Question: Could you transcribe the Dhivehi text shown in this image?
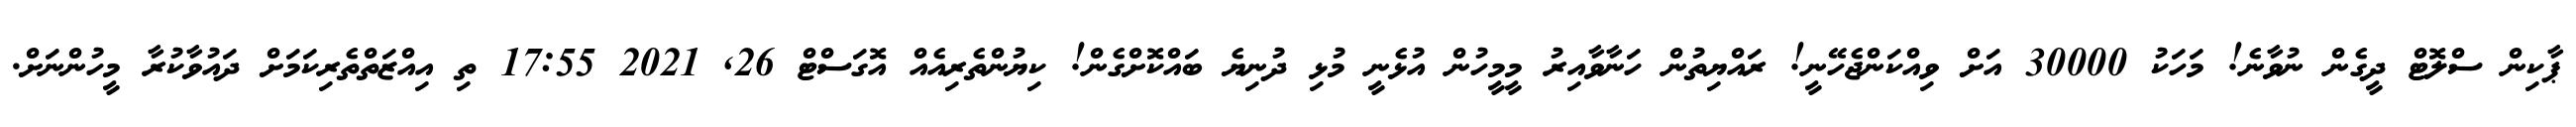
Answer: ޕާކިން ސްލޮޓް ދީގެން ނުވާނެ! މަހަކު 30000 އަށް ވިއްކަންޖެހޭނީ! ރައްޔިތުން ހަނާވާއިރު މީމީހުން އުޅެނީ މުޅި ދުނިޔެ ބައްކޮށްގެން! ކިޔުންތެރިއެއް އޮގަސްޓް 26, 2021 17:55 ތި އިއްޒަތްތެރިކަމަށް ދައުވާކުރާ މީހުންނަށް.